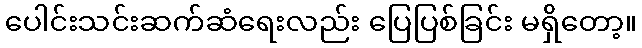
ပေါင်းသင်းဆက်ဆံရေးလည်း ပြေပြစ်ခြင်း မရှိတော့။